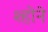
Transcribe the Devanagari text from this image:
श्होने